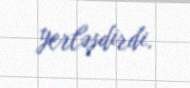
yerləşdirdi.